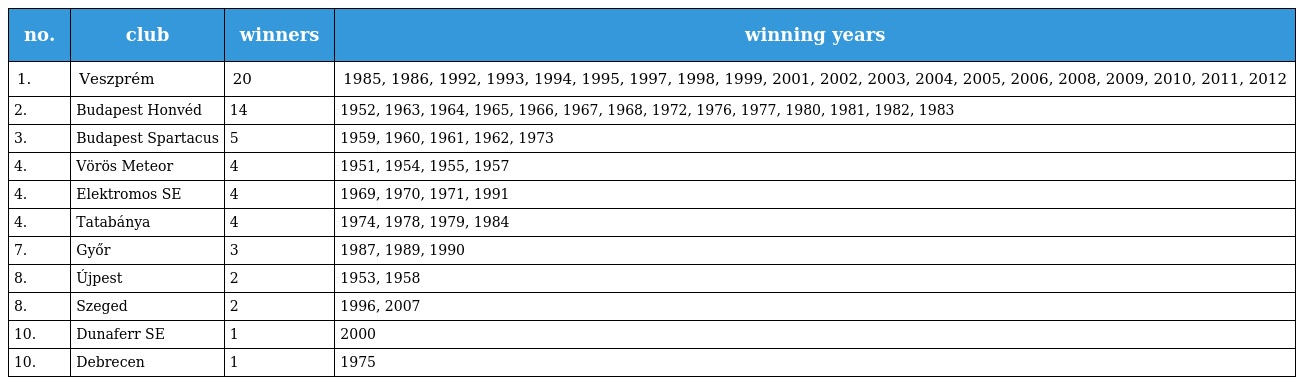
| no. | club | winners | winning years |
 | --- | --- | --- | --- |
 | 1. | Veszprém | 20 | 1985, 1986, 1992, 1993, 1994, 1995, 1997, 1998, 1999, 2001, 2002, 2003, 2004, 2005, 2006, 2008, 2009, 2010, 2011, 2012 |
 | 2. | Budapest Honvéd | 14 | 1952, 1963, 1964, 1965, 1966, 1967, 1968, 1972, 1976, 1977, 1980, 1981, 1982, 1983 |
 | 3. | Budapest Spartacus | 5 | 1959, 1960, 1961, 1962, 1973 |
 | 4. | Vörös Meteor | 4 | 1951, 1954, 1955, 1957 |
 | 4. | Elektromos SE | 4 | 1969, 1970, 1971, 1991 |
 | 4. | Tatabánya | 4 | 1974, 1978, 1979, 1984 |
 | 7. | Győr | 3 | 1987, 1989, 1990 |
 | 8. | Újpest | 2 | 1953, 1958 |
 | 8. | Szeged | 2 | 1996, 2007 |
 | 10. | Dunaferr SE | 1 | 2000 |
 | 10. | Debrecen | 1 | 1975 |